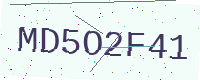
Text: MD5O2F41